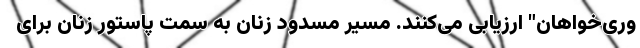
وری‌خواهان" ارزیابی می‌کنند. مسیر مسدود زنان به سمت پاستور زنان برای